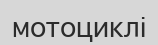
мотоциклі